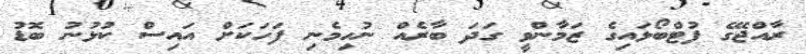
ރާއްޖޭގެ ފުޓްބޯޅައިގެ ޒަމާންވީ ގަދަ ބާރެއް ނުހިމެނި ފަހަކަށް އައިސް ކުޅުނު ބޮޑު